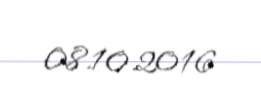
08.10.2016